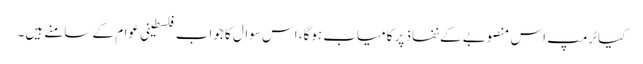
کیا ٹرمپ اس منصوبے کے نفاذ پر کامیاب ہوگا، اس سوال کا جواب فلسطینی عوام کے سامنے ہیں۔